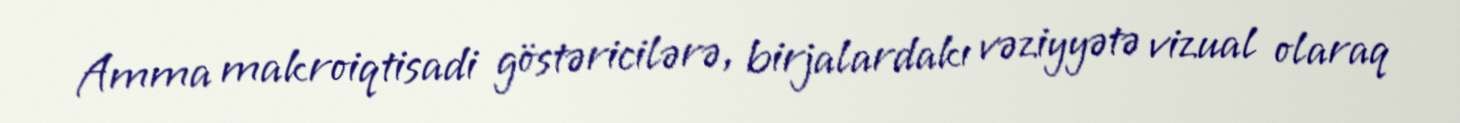
Amma makroiqtisadi göstəricilərə, birjalardakı vəziyyətə vizual olaraq